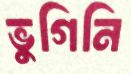
ভুগিনি